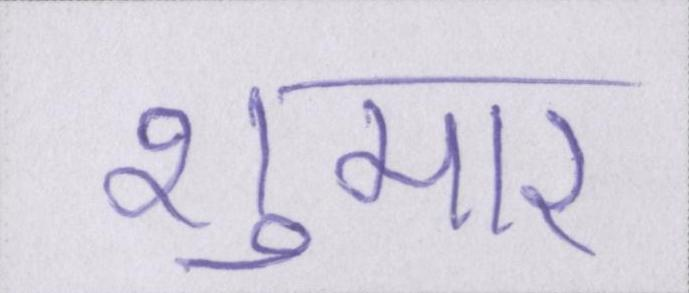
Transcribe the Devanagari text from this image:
शुमार